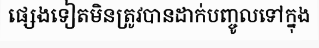
ផ្សេងទៀតមិនត្រូវបានដាក់បញ្ចូលទៅក្នុង